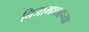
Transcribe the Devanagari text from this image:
निजामशाहच्या